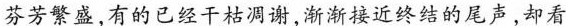
芬芳繁盛，有的已经干枯凋谢，渐渐接近终结的尾声，却看